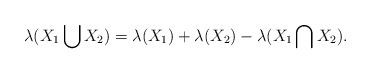
LaTeX: \begin{align*}\lambda(X_1\bigcup X_2)=\lambda(X_1)+\lambda(X_2)-\lambda(X_1\bigcap X_2).\end{align*}